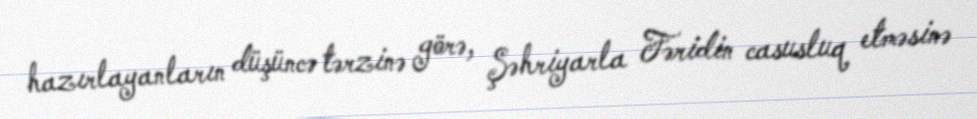
hazırlayanların düşüncə tərzinə görə, Şəhriyarla Fəridin casusluq etməsinə